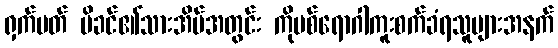
ရှက်ပတ် မိခင်၏သားအိမ်အတွင်း ကိုဗစ်ရောဂါကူးစက်ခံရသူများအနက်